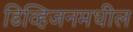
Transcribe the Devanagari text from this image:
डिव्हिजनमधील